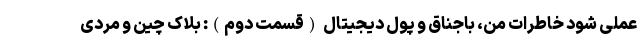
عملی شود خاطرات من، باجناق و پول دیجیتال (قسمت دوم): بلاک چین و مردی